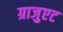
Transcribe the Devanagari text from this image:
ग्राजुएट